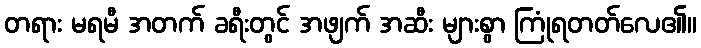
တရား မရမီ အတက် ခရီးတွင် အဖျက် အဆီး များစွာ ကြုံရတတ်လေ၏။